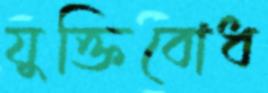
যুক্তিবোধ